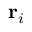
\mathbf { r } _ { i }